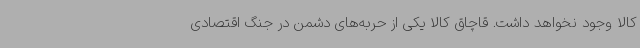
کالا وجود نخواهد داشت. قاچاق کالا یکی از حربه‌های دشمن در جنگ اقتصادی